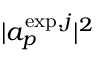
| a _ { p } ^ { \mathrm { e x p } , j } | ^ { 2 }